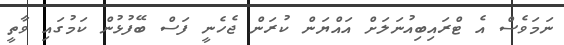
ނަމަވެސް އެ ޓްރައިބިއުނަލަށް އައްޔަން ކުރަން ޖެހެނީ ފަސް ބޭފުޅުން ކަމުގައި ވާތީ